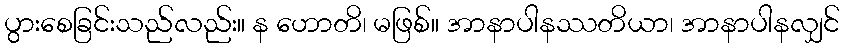
ပွားစေခြင်းသည်လည်း။ န ဟောတိ၊ မဖြစ်။ အာနာပါနဿတိယာ၊ အာနာပါနလျှင်